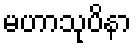
မဟာသုပိနာ